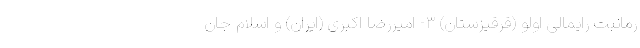
رمانبت رایمالی اولو (قرقیزستان) ۳- امیررضا اکبری (ایران) و اسلام جان